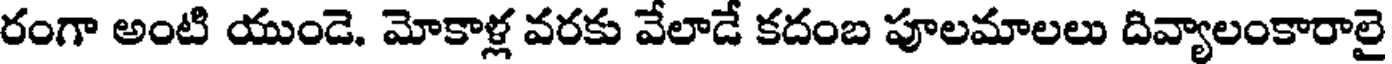
రంగా అంటి యుండె. మోకాళ్ల వరకు వేలాడే కదంబ పూలమాలలు దివ్యాలంకారాలై